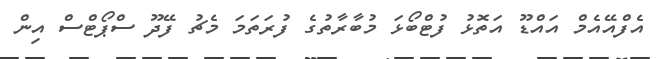
އެފްއޭއެމް އައްޑޫ އަތޮޅު ފުޓްބޯޅަ މުބާރާތުގެ ފުރަތަމަ މެޗު ފޭދޫ ސްޕޯޓްސް އިން